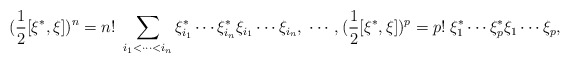
\begin{align*}(\frac 12[\xi ^{*},\xi ])^n=n!\;\sum_{i_1<\cdots <i_n}\xi _{i_1}^{*}\cdots\xi _{i_n}^{*}\xi _{i_1}\cdots \xi _{i_n},\;\cdots ,(\frac 12[\xi ^{*},\xi])^p=p!\;\xi _1^{*}\cdots \xi _p^{*}\xi _1\cdots \xi _p,\end{align*}